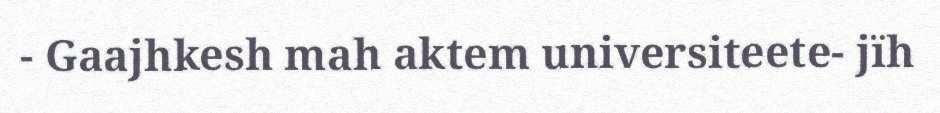
- Gaajhkesh mah aktem universiteete- jïh